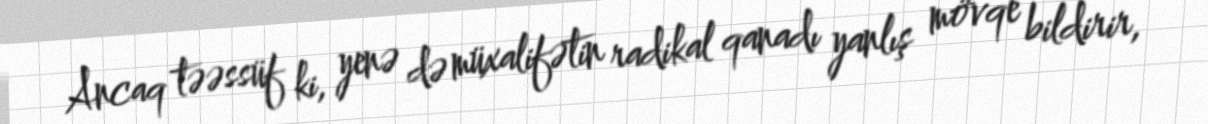
Ancaq təəssüf ki, yenə də müxalifətin radikal qanadı yanlış mövqe bildirir,